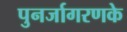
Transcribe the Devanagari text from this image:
पुनर्जागरणके